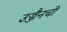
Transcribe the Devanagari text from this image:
उज्जैनची